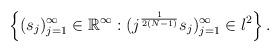
LaTeX: \begin{align*}\left\{(s_j)_{j=1}^{\infty}\in\mathbb R^{\infty}:(j^{\frac{1}{2(N-1)}}s_j)_{j=1}^{\infty}\in l^2\right\}.\end{align*}